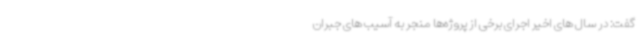
گفت: در سال های اخیر اجرای برخی از پروژه‌ها منجر به آسیب های جبران